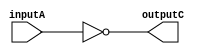
//-------------------------------------------------
// Cohort: OnOff
// Tony Tran, Hasan Kadado, Anthony Tran, Angel Gomez
//-------------------------------------------------
module SixteenBitNOTgate(input [15:0] inputA, output reg [31:0] outputC);
    always @(*) begin
        outputC = ~inputA;
    end
endmodule


// module testbench();
//     reg [15:0] inputA;
//     wire [31:0] outputC;

//     NOTgate DUT (
//         .inputA(inputA),
//         .outputC(outputC)
//     );

//     initial begin
//         inputA = 16'b0000000001111111;
//         #60;
//         $display("inputA = %b", inputA);
//         $display("outputC = %b", outputC);

//         inputA = 16'b1000000000000001;
//         #60;
//         $display("inputA = %b", inputA);
//         $display("outputC = %b", outputC);
//     end
// endmodule